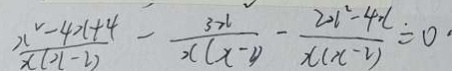
\frac { x ^ { 2 } - 4 x + 4 } { x ( x - 2 ) } - \frac { 3 x } { x ( x - 2 ) } - \frac { 2 x ^ { 2 } - 4 \cdot c } { x ( x - 2 ) } = 0 \cdot